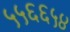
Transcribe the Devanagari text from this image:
५५६६५४